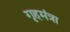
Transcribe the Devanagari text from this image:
गृहमंत्रा